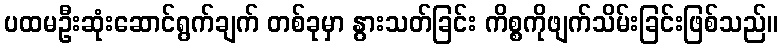
ပထမဦးဆုံးဆောင်ရွက်ချက် တစ်ခုမှာ နွားသတ်ခြင်း ကိစ္စကိုဖျက်သိမ်းခြင်းဖြစ်သည်။